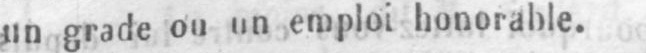
un grade ou un emploi honorable.